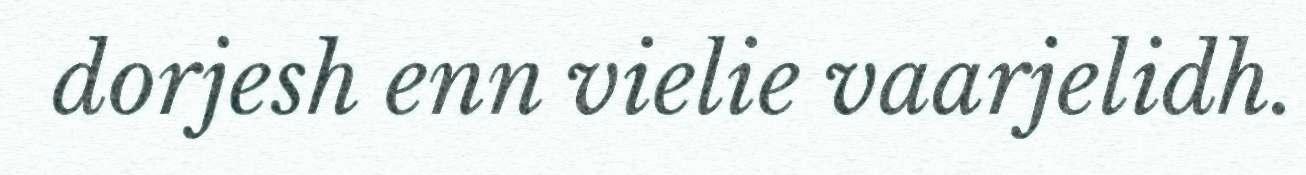
dorjesh enn vielie vaarjelidh.